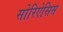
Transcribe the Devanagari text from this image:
सोरिऐसिस